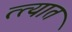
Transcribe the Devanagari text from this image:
त्त्यात